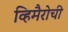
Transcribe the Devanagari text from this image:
व्हिमैरोची